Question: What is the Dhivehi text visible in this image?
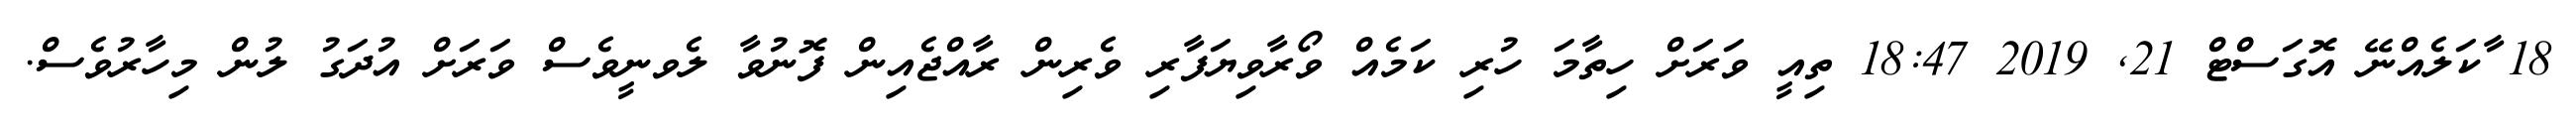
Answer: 18 ާކަލެއްނޭ އޮގަސްޓް 21, 2019 18:47 ތިއީ ވަރަށް ހިތާމަ ހުރި ކަމެއް ވޯރާވިޔަފާރި ވެރިން ރާއްޖެއިން ފޮނުވާ ލެވނީވެސް ވަރަށް އުދަގު ލުން މިހާރުވެސް.